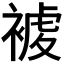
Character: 𧛓